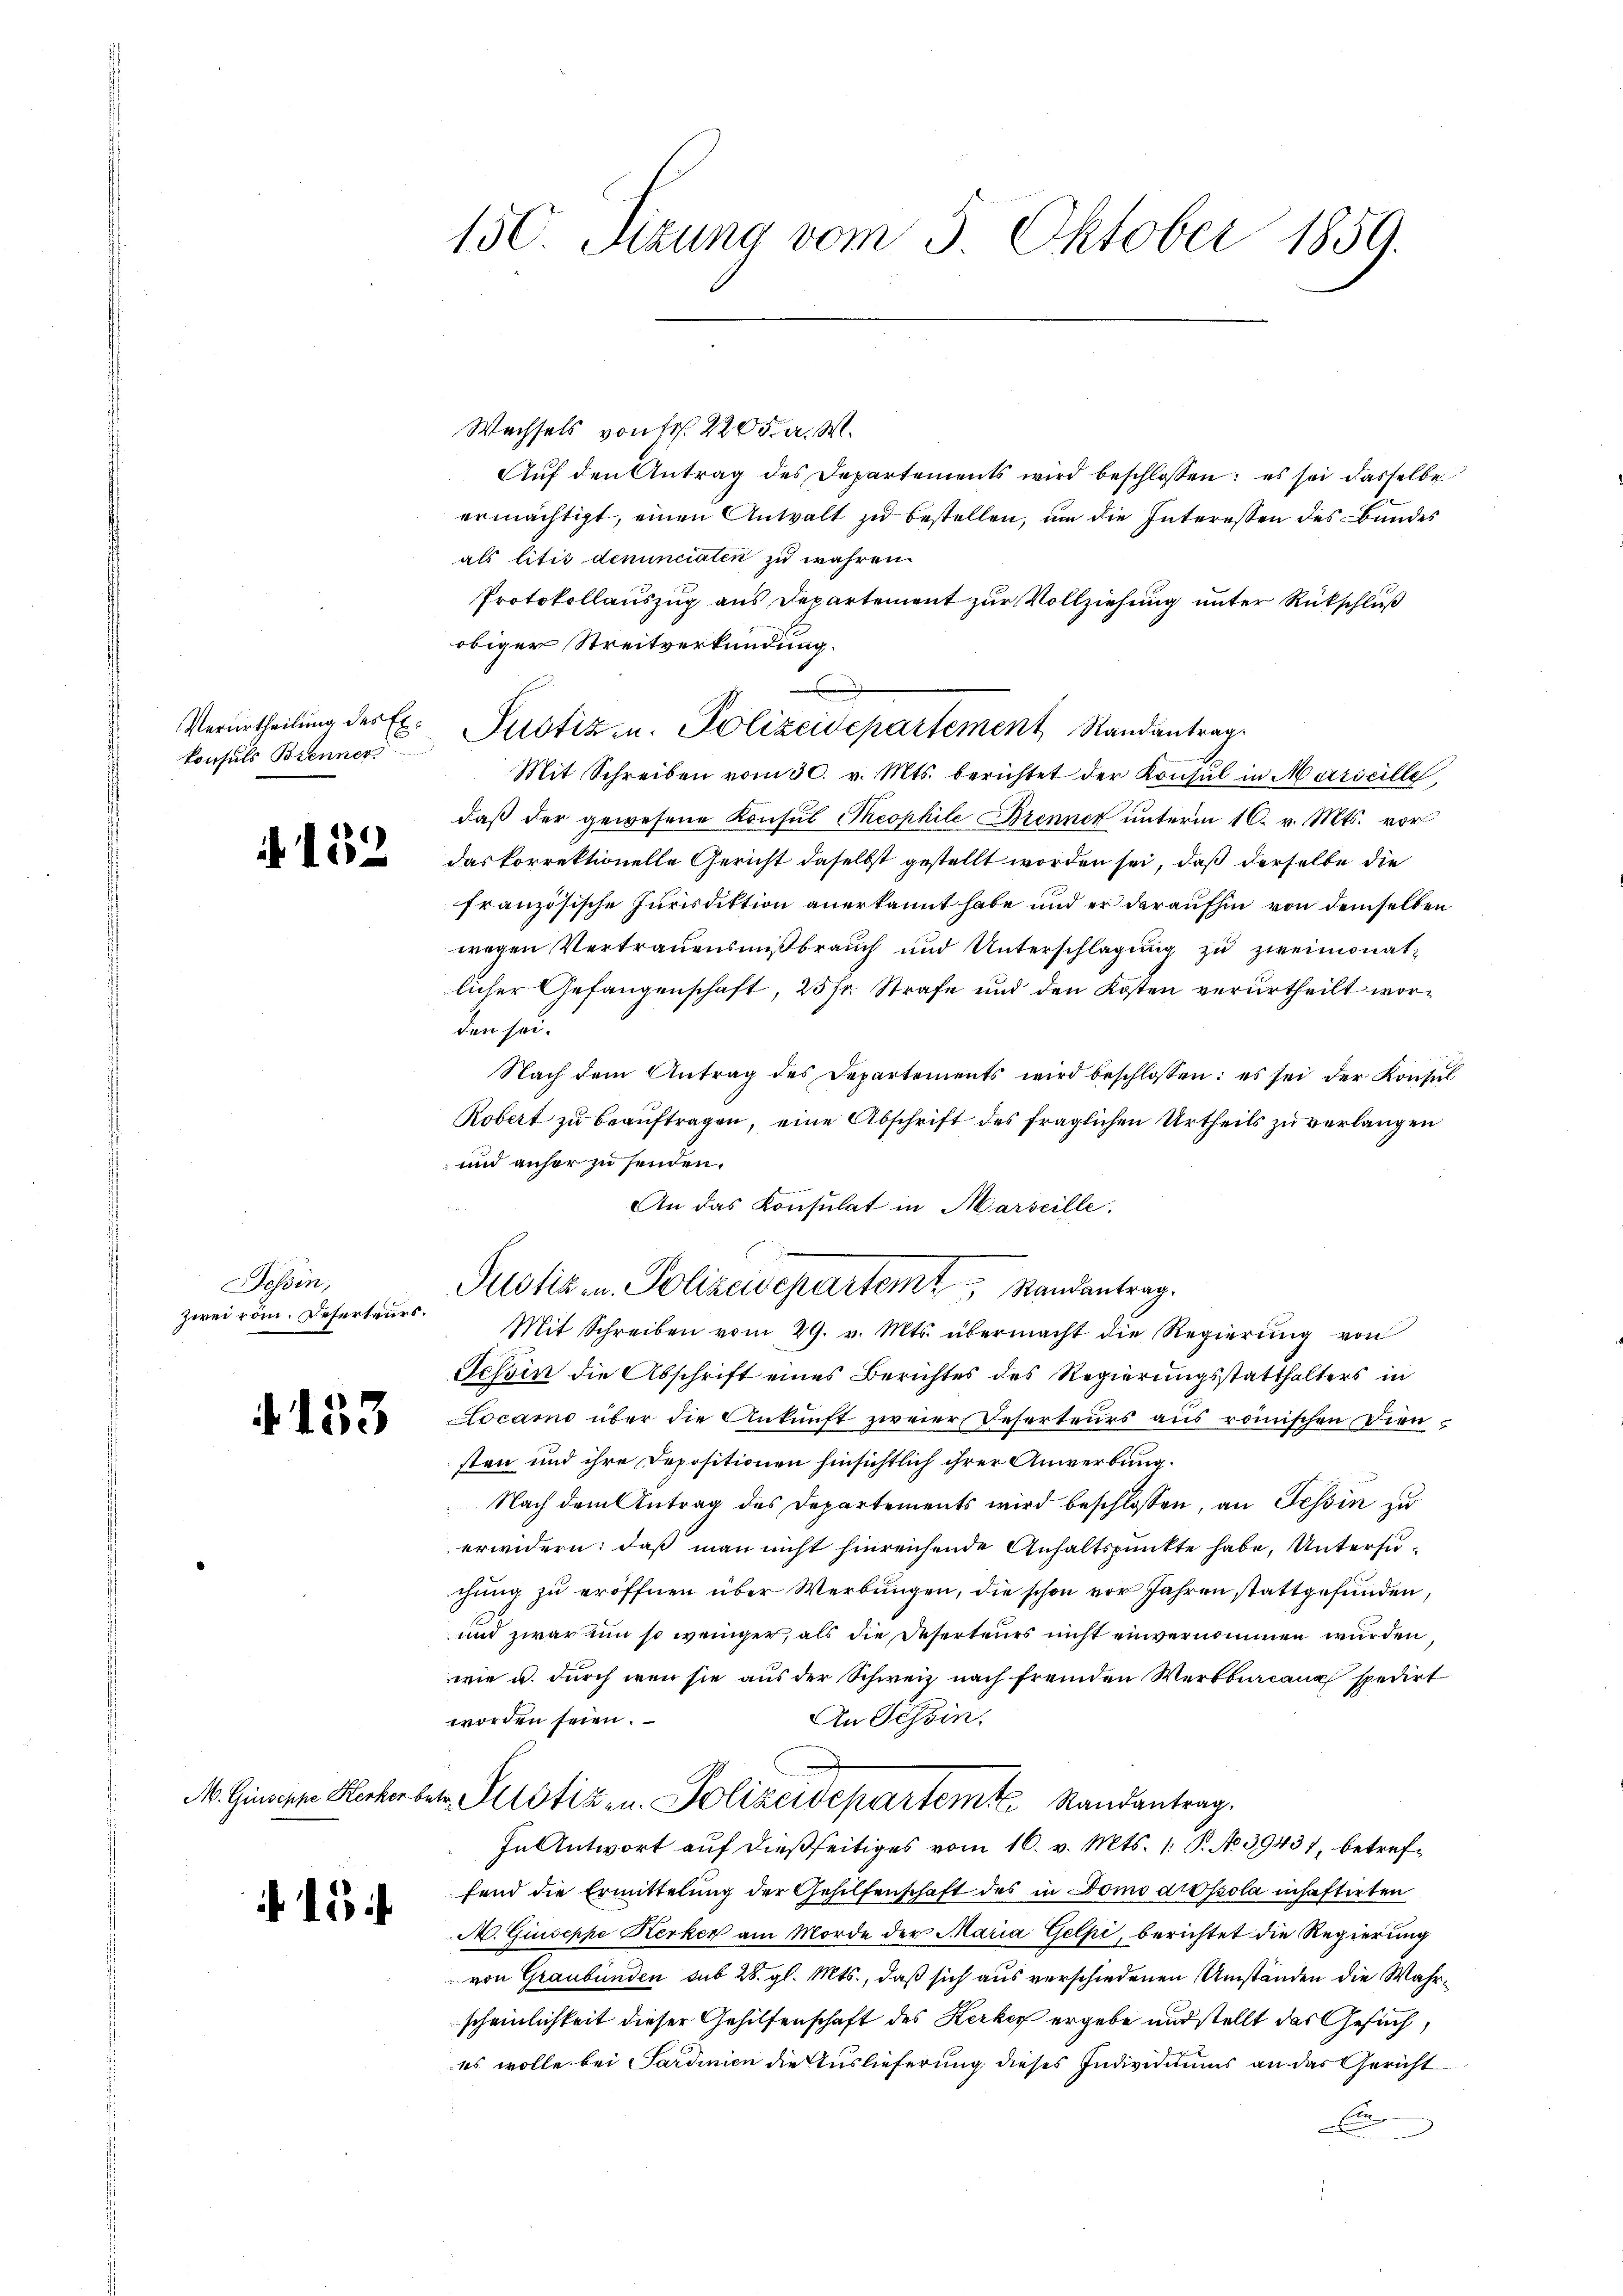
konsuls Brenner

152

Tessin,
zwei röm. Deserteurs.

153

15

150. Sizung vom 5. Oktober 1859.

Wechsels von Fr. 220 Fr. M.
Aŭf den Antrag des Departements wird beschlossen: es sei dasselbe
ermächtigt, einen Anwalt zu bestellen, um die Interessen des Bundes
als litis denunciaten zu währen.
Protokollauszug aus Departement zur Vollziehung unter Rückschluß
obiger Streitverkündung.
Mit Schreiben vom 30. v. Mts. berichtet der Konsul in Marseille
daß der gewesene Konsul Theophile Brenner unterm 16. v. Mts. vor
das korrektionelle Gericht daselbst gestellt worden sei, daß derselbe die
französische Jurisdiktion anerkannt habe und er daraufhin von demselben
wegen Vertrauensmißbrauch und Unterschlagung zu zweimonatlicher Gefangenschaft, 25 fr. Strafe und den Kosten verurtheilt worden sei.
Nach dem Antrag des Departements wird beschlossen: es sei der Konsŭl
Robert zu beauftragen, eine Abschrift des fraglichen Urtheils zu verlangen
und anher zu senden.
An das Konsulat in Marseille.
Mit Schreiben vom 29. v. Mts. übermacht die Regierŭng von
Tessin die Abschrift eines Berichtes des Regierungsstatthalters in
ocamo über die Ankunft zweier Reserteurs aus römischen Diensten und ihre Depositionen hinsichtlich ihrer Anwerbung.
Nach dem Antrag des Departements wird beschlossen, an Tessin zu
erwidern: daß man nicht hinreichende Anhaltspunkte habe, Untersuchung zu eröffnen über Werbungen, die schon vor Jahren stattgefunden,
und zwar um so weniger, als die Deserteurs nicht einvernommen wurden,
wie u. durch wenn sie aus der Schweiz nach fremden Werbburcanz spedirt
An Tessin.
worden seien.
M. Ginste Kerker betr. Pilotiz u. Polizeidepartemte Randantrag.
In Antwort auf dießseitiges vom 16. v. Mts. 1. P. No 39437, betreffend die Ermittelung der Gehilfenschaft des in Domi drossola inhaftirten
A. Giuseppe Kerker am Morde der Maria Gelpi, berichtet die Regierung
von Graubünden sub 28. gl. Mts., daß sich aus verschiedenen Umständen die Wahrscheinlichkeit dieser Gehilfenschaft des Kerker ergebe und stellt das Gesuch,
ees wolle bei Sardinien die Auslieferung dieses Individuums an das Gericht
En

Verurtheilung der Ex. Justiz u. Polizeidepartement Randantrag.

Puolik u. Polizeisepartemt, Randantrag.